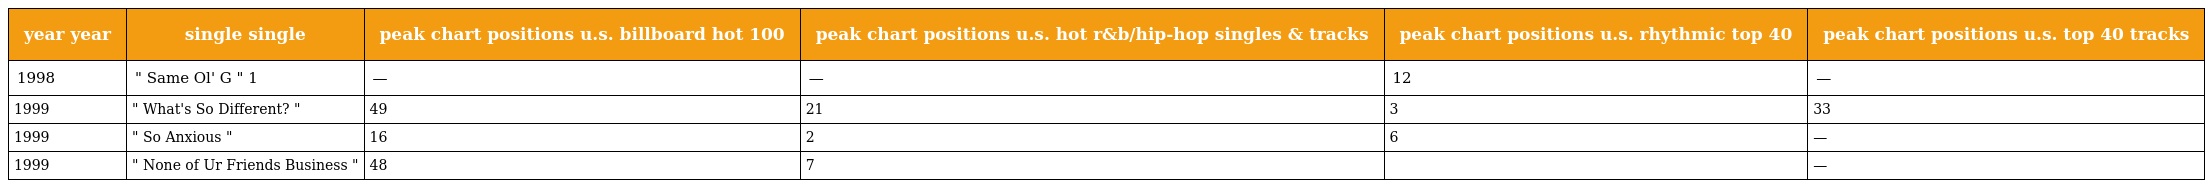
| year year | single single | peak chart positions u.s. billboard hot 100 | peak chart positions u.s. hot r&b/hip-hop singles & tracks | peak chart positions u.s. rhythmic top 40 | peak chart positions u.s. top 40 tracks |
 | --- | --- | --- | --- | --- | --- |
 | 1998 | " Same Ol' G " 1 | — | — | 12 | — |
 | 1999 | " What's So Different? " | 49 | 21 | 3 | 33 |
 | 1999 | " So Anxious " | 16 | 2 | 6 | — |
 | 1999 | " None of Ur Friends Business " | 48 | 7 |  | — |